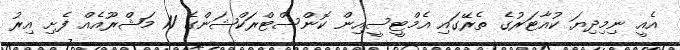
އެއީ ނިމިދިޔަ ކުއާޓަރުގެ ތެރޭގައި އެމްޓީސީއިން ކޮންސްޓްރަކްޝަންގެ 11 މަޝްރޫއެއް ފެށި އިރު